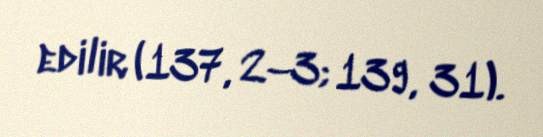
edilir (137, 2–3; 139, 31).